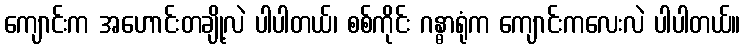
ကျောင်းက အဟောင်းတချို့လဲ ပါပါတယ်၊ စစ်ကိုင်း ဂန္ဓာရုံက ကျောင်းကလေးလဲ ပါပါတယ်။